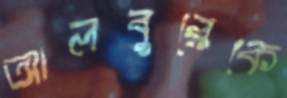
আলবুরেকে